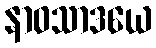
နာဝသာဒယေ